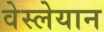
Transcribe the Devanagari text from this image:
वेस्लेयान